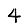
Digit: 4